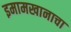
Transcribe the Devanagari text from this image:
इमामखानाचा